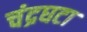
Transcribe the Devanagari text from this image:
चंद्रघटा